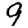
Digit: 9